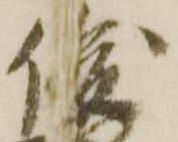
俊